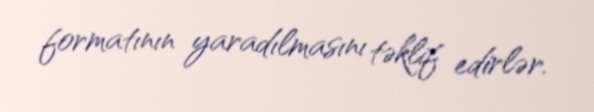
formatının yaradılmasını təklif edirlər.